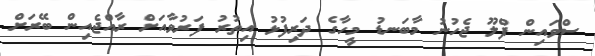
ސްވައިން ފްލޫ ޖެހުނު މާބަނޑު މީހާގެ ދަރިފުޅު އިތުރު ފަރުވާއަށް ރާއްޖެއިން ބޭރަށް